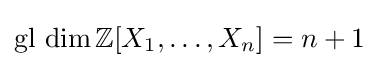
\operatorname {gl} \,\dim \mathbb {Z} [X_{1},\ldots ,X_{n}]=n+1